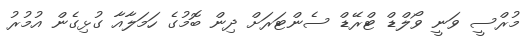
މުރްސީ ވަނީ ވޯލްޑް ޓްރޭޑް ސެންޓަރަށް ދިން ބޮމުގެ ހަމަލާއާ ގުޅިގެން އުމުރު